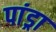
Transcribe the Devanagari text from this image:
पांड्रा